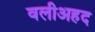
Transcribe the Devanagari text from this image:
वलीअहद